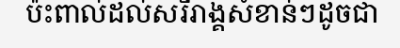
ប៉ះពាល់ដល់សរីរាង្គសំខាន់ៗដូចជា